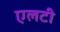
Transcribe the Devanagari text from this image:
एलटी